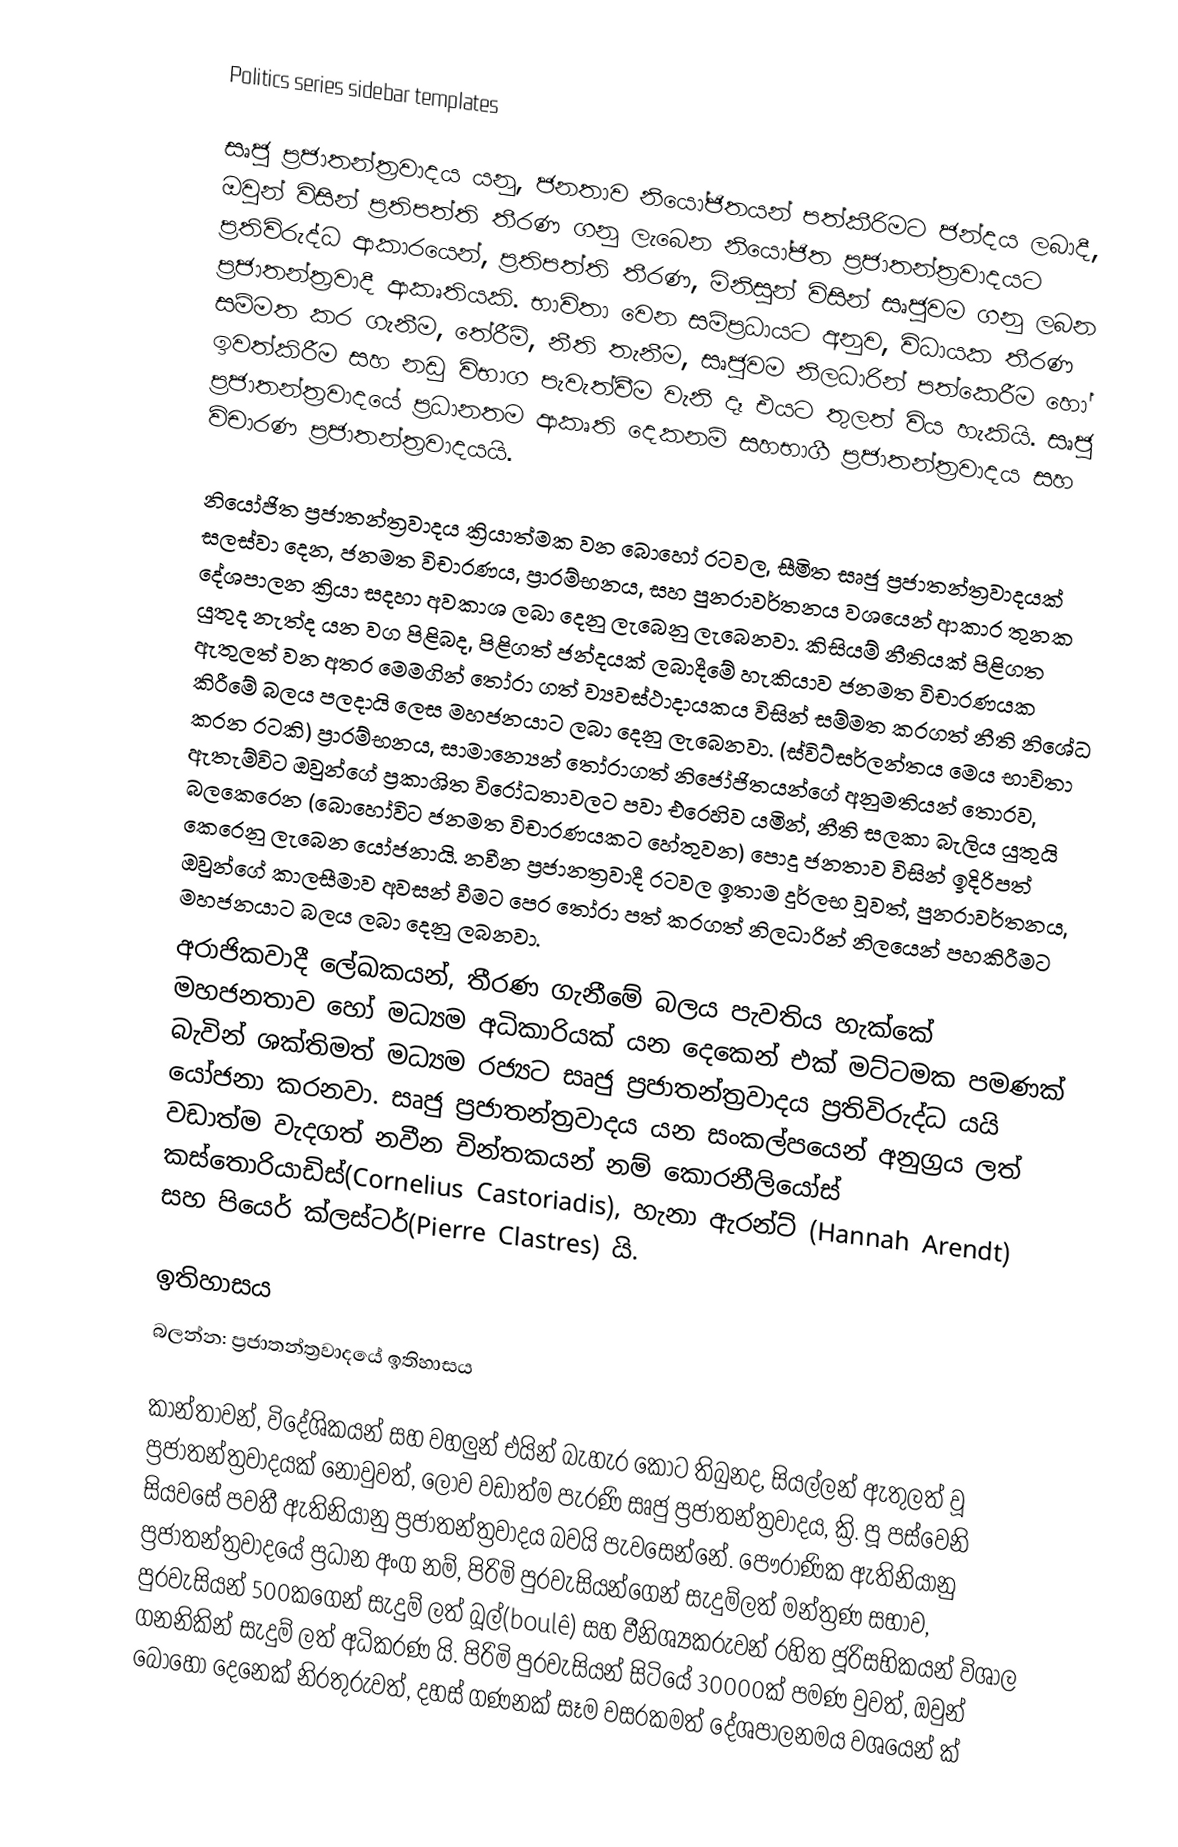
Politics series sidebar templates

සෘජු ප්‍රජාතන්ත්‍රවාදය යනු, ජනතාව නියෝජිතයන් පත්කීරිමට ජන්දය ලබාදී, ඔවුන් විසින් ප්‍රතිපත්ති තීරණ ගනු ලැබෙන නියෝජිත ප්‍රජාතන්ත්‍රවාදයට ප්‍රතිවිරුද්ධ ආකාරයෙන්, ප්‍රතිපත්ති තීරණ, මිනිසුන් විසින් සෘජුවම ගනු  ලබන ප්‍රජාතන්ත්‍රවාදී ආකෘතියකි. භාවිතා වෙන සම්ප්‍රධායට අනුව, විධායක තීරණ සම්මත කර ගැනීම, තේරීම්, නීති තැනීම, සෘජුවම නිලධාරින් පත්කෙරීම හෝ ඉවත්කිරීම සහ නඩු විභාග පැවැත්වීම වැනි දෑ එයට තුලත් විය හැකියි. සෘජු ප්‍රජාතන්ත්‍රවාදයේ ප්‍රධානතම ආකෘති දෙකනම් සහභාගී ප්‍රජාතන්ත්‍රවාදය සහ විචාරණ ප්‍රජාතන්ත්‍රවාදයයි.

නියෝජිත ප්‍රජාතන්ත්‍රවාදය ක්‍රියාත්මක වන බොහෝ රටවල, සීමිත සෘජු ප්‍රජාතන්ත්‍රවාදයක් සලස්වා දෙන, ජනමත විචාරණය, ප්‍රාරම්භනය, සහ  පුනරාවර්තනය වශයෙන් ආකාර තුනක දේශපාලන ක්‍රියා සදහා අවකාශ ලබා දෙනු ලැබෙනු ලැබෙනවා. කිසියම් නීතියක් පිළිගත යුතුද නැත්ද යන වග පිළිබද, පිළිගත් ජන්දයක් ලබාදීමේ හැකියාව ජනමත විචාරණයක ඇතුලත් වන අතර මෙමගින්  තෝරා ගත් ව්‍යවස්ථාදායකය විසින් සම්මත කරගත් නීති නිශේධ කිරීමේ  බලය පලදායි ලෙස මහජනයාට ලබා දෙනු ලැබෙනවා. (ස්විට්සර්ලන්තය මෙය භාවිතා කරන රටකි) ප්‍රාරම්භනය, සාමාන්‍යෙන්  තෝරාගත් නිජෝජිතයන්ගේ අනුමතියන් තොරව, ඇතැම්විට ඔවුන්ගේ ප්‍රකාශිත විරෝධතාවලට පවා එරෙහිව යමින්,  නීති සලකා බැලිය යුතුයි බලකෙරෙන (බොහෝවිට ජනමත විචාරණයකට හේතුවන) පොදු ජනතාව විසින් ඉදිරිපත් කෙරෙනු  ලැබෙන යෝජනායි.  නවීන ප්‍රජානත්‍රවාදී රටවල ඉතාම දුර්ලභ වූවත්, පුනරාවර්තනය, ඔවුන්ගේ කාලසීමාව අවසන් වීමට පෙර තෝරා පත් කරගත් නිලධාරින් නිලයෙන් පහකිරීමට මහජනයාට  බලය ලබා දෙනු ලබනවා.
අරාජිකවාදී ලේඛකයන්, තීරණ ගැනීමේ බලය පැවතිය හැක්කේ මහජනතාව හෝ මධ්‍යම අධිකාරියක් යන දෙකෙන් එක් මට්ටමක පමණක් බැවින් ශක්තිමත් මධ්‍යම රජ්‍යට  සෘජු ප්‍රජාතන්ත්‍රවාදය ප්‍රතිවිරුද්ධ යයි යෝජනා කරනවා. සෘජු ප්‍රජාතන්ත්‍රවාදය යන සංකල්පයෙන් අනුග්‍රය ලත් වඩාත්ම වැදගත් නවීන චින්තකයන් නම් කොරනීලියෝස් කස්තොරියාඩිස්(Cornelius Castoriadis), හැනා ඇරන්ට් (Hannah Arendt) සහ පියෙර් ක්ලස්ටර්(Pierre Clastres) යි.

ඉතිහාසය
බලන්න: ප්‍රජාතන්ත්‍රවාදයේ ඉතිහාසය

කාන්තාවන්, විදේශිකයන් සහ වහලුන් එයින් බැහැර කොට තිබුනද, සියල්ලන් ඇතුලත් වූ ප්‍රජාතන්ත්‍රවාදයක් නොවුවත්, ලොව වඩාත්ම පැරණි සෘජු ප්‍රජාතන්ත්‍රවාදය,   ක්‍රි. පූ පස්වෙනි  සියවසේ පවතී ඇතිනියානු  ප්‍රජාතන්ත්‍රවාදය බවයි පැවසෙන්නේ. පෞරාණික ඇතිනියානු ප්‍රජාතන්ත්‍රවාදයේ ප්‍රධාන අංග නම්, පිරිමි පුරවැසියන්ගෙන් සැදුම්ලත් මන්ත්‍රණ සභාව, පුරවැසියන් 500කගෙන් සැදුම් ලත් බූල්(boulê) සහ වීනිශ්‍යකරුවන් රහිත ජූරිසභිකයන් විශාල ගනනිකින් සැදුම් ලත් අධිකරණ යි. පිරිමි පුරවැසියන් සිටියේ  30000ක් පමණ වුවත්, ඔවුන් බොහෝ දෙනෙක් නිරතුරුවත්,  දහස් ගණනක් සෑම වසරකමත් දේශපාලනමය වශයෙන් ක්